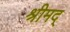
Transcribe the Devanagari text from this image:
श्रीमद्‌